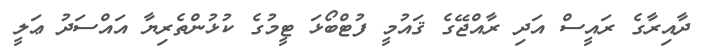
ދާއިރާގެ ރައީސް އަދި ރާއްޖޭގެ ޤައުމީ ފުޓްބޯޅަ ޓީމުގެ ކުޅުންތެރިޔާ އައްސަދު ޢަލީ